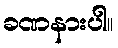
ခဏနားပါ။